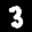
Label: 3